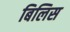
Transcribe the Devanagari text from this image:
बिलिस